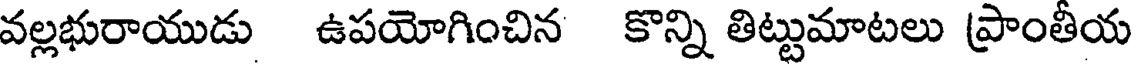
వల్లభురాయుడు ఉపయోగించిన కొన్ని తిట్టుమాటలు ప్రాంతీయ